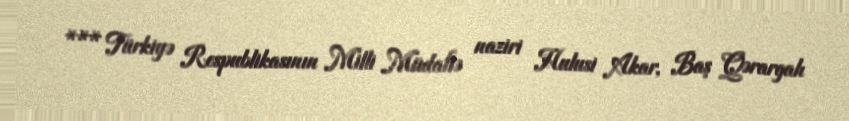
*** Türkiyə Respublikasının Milli Müdafiə naziri Hulusi Akar, Baş Qərargah